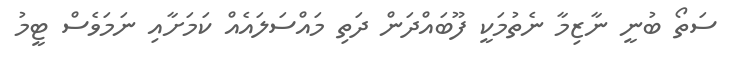
ސަތޯ ބުނީ ނާޒިމާ ނެތުމަކީ ފޫބައްދަން ދަތި މައްސަލައެއް ކަމަށާއި ނަމަވެސް ޓީމު